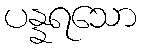
ပန္နရသော